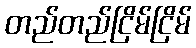
တည်တည်ငြိမ်ငြိမ်